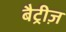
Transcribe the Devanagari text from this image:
बैट्रीज़